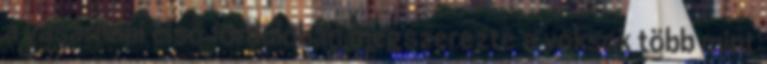
a vasárnapi első fordulóban megszerezte a voksok több mint